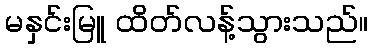
မနှင်းမြူ ထိတ်လန့်သွားသည်။